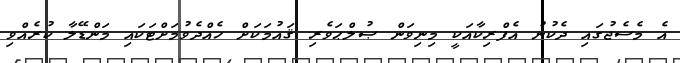
އެ މެސެޖުގައި ދެކުނު އެފްރިކާއަކީ މިނިވަން ޞުލްޙަވެރި ޤައުމަކަށް ހެއްދެވުމަށްޓަކައި މަންޑޭލާ ކުރެއްވި